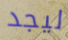
ليجد